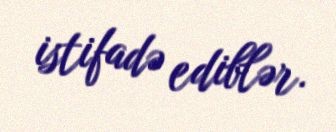
istifadə ediblər.